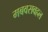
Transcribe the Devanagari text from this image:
मबवसवहल